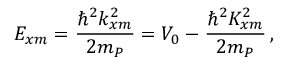
E _ { x m } = \frac { \hbar ^ { 2 } k _ { x m } ^ { 2 } } { 2 m _ { P } } = V _ { 0 } - \frac { \hbar ^ { 2 } K _ { x m } ^ { 2 } } { 2 m _ { P } } \, ,